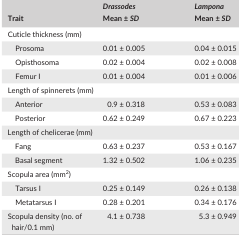
| <ROWSPAN=2> Trait | Drassodes | Lampona |
 | Mean ± SD | Mean ± SD |
 | --- | --- | --- |
 | <COLSPAN=3> Cuticle thickness (mm) |
 | Prosoma | 0.01 ± 0.005 | 0.04 ± 0.015 |
 | Opisthosoma | 0.02 ± 0.004 | 0.02 ± 0.008 |
 | Femur I | 0.01 ± 0.004 | 0.01 ± 0.006 |
 | <COLSPAN=3> Length of spinnerets (mm) |
 | Anterior | 0.9 ± 0.318 | 0.53 ± 0.083 |
 | Posterior | 0.62 ± 0.249 | 0.67 ± 0.223 |
 | <COLSPAN=3> Length of chelicerae (mm) |
 | Fang | 0.63 ± 0.237 | 0.53 ± 0.167 |
 | Basal segment | 1.32 ± 0.502 | 1.06 ± 0.235 |
 | <COLSPAN=3> Scopula area (mm2) |
 | Tarsus I | 0.25 ± 0.149 | 0.26 ± 0.138 |
 | Metatarsus I | 0.28 ± 0.201 | 0.34 ± 0.176 |
 | Scopula density (no. of hair/0.1 mm) | 4.1 ± 0.738 | 5.3 ± 0.949 |